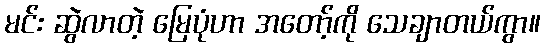
မင်း ဆွဲလာတဲ့ မြေပုံဟာ အတော့်ကို သေချာတယ်ကွာ။